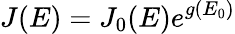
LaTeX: J(E)=J_{0}(E)e^{g(E_{0})}